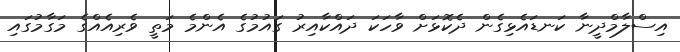
އިސްލާމްދީނާ ކަނޑައެޅިގެން ދެކޮޅަށް ވާހަކަ ދައްކާއިރު ގައުމުގެ އެންމެ މަތީ ވެރިއެއްގެ މަގާމުގައި